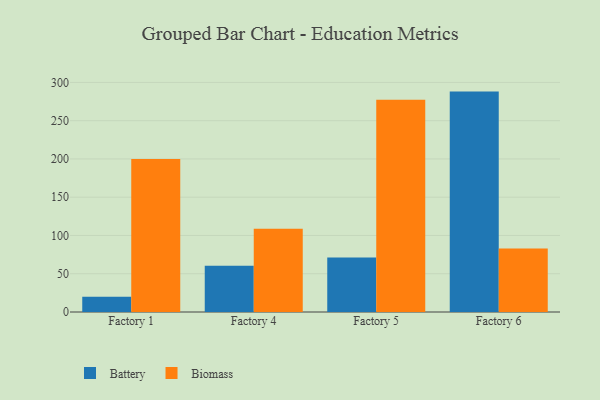
{"axis": {"x": "Factory", "y": "Revenue (USD Million)"}, "legend": ["Battery", "Biomass"], "data": [{"x": "Factory 1", "y": 19.9, "type": "Battery"}, {"x": "Factory 1", "y": 199.8, "type": "Biomass"}, {"x": "Factory 4", "y": 60.4, "type": "Battery"}, {"x": "Factory 4", "y": 108.8, "type": "Biomass"}, {"x": "Factory 5", "y": 71.1, "type": "Battery"}, {"x": "Factory 5", "y": 277.5, "type": "Biomass"}, {"x": "Factory 6", "y": 288.0, "type": "Battery"}, {"x": "Factory 6", "y": 82.9, "type": "Biomass"}]}